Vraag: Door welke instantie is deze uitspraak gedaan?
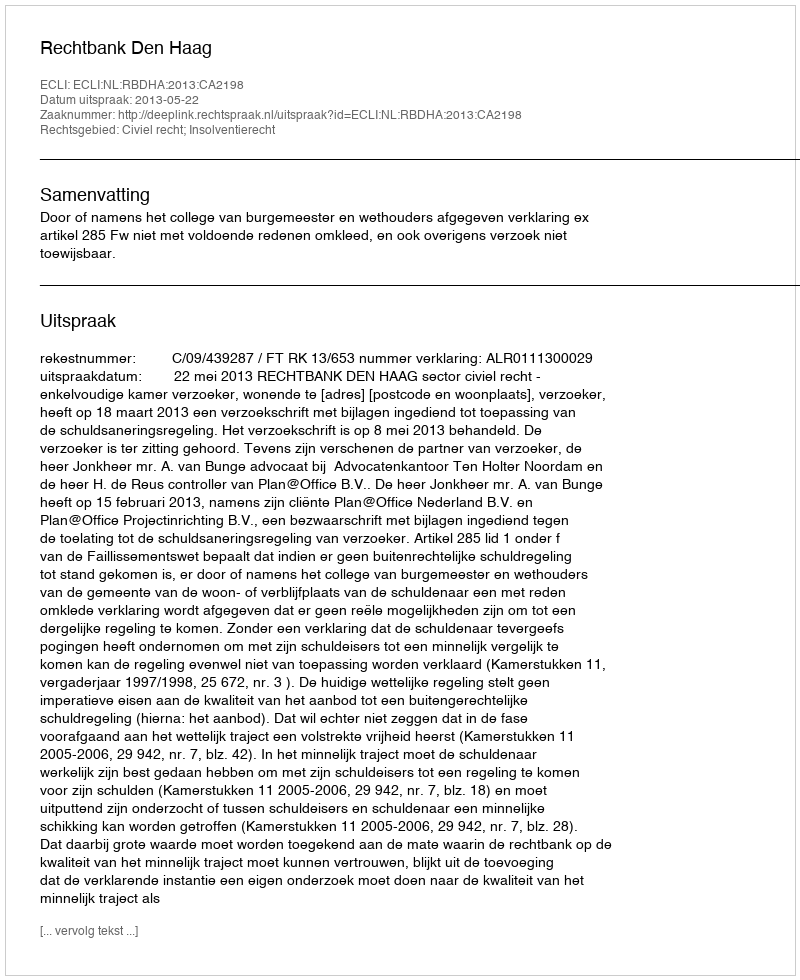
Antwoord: Rechtbank Den Haag